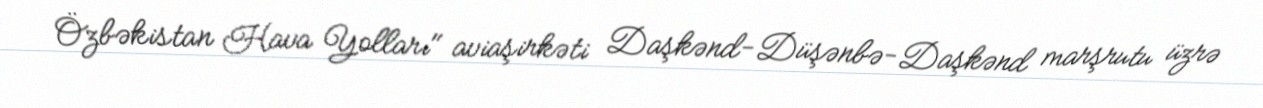
Özbəkistan Hava Yolları" aviaşirkəti Daşkənd-Düşənbə-Daşkənd marşrutu üzrə